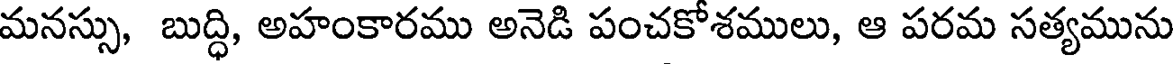
మనస్సు, బుద్ధి, అహంకారము అనెడి పంచకోశములు, ఆ పరమ సత్యమును